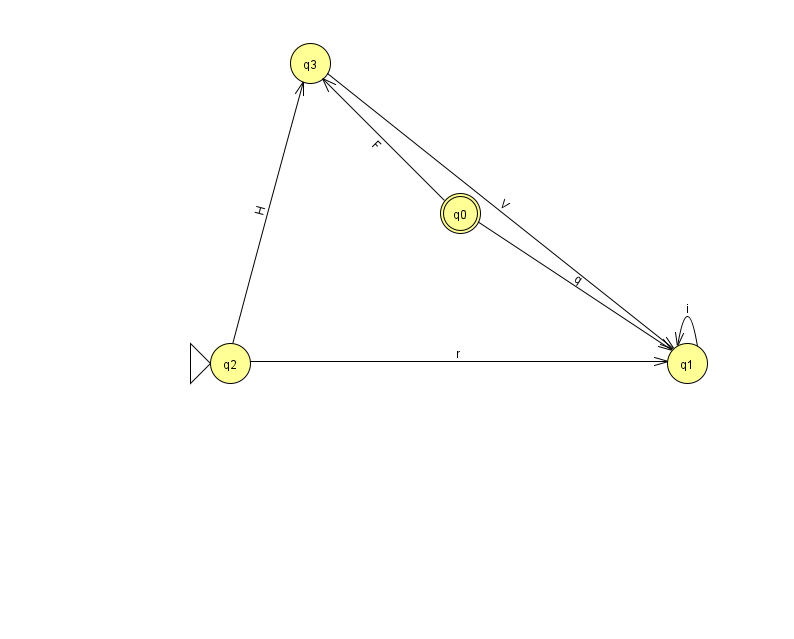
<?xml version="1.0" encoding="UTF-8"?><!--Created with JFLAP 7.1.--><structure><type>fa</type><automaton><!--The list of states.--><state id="0" name="q0"><x>460.0</x><y>200.0</y><final/></state><state id="1" name="q1"><x>687.0</x><y>350.0</y></state><state id="2" name="q2"><x>230.0</x><y>350.0</y><initial/></state><state id="3" name="q3"><x>310.0</x><y>50.0</y></state><!--The list of transitions.--><transition><from>0</from><to>3</to><read>F</read></transition><transition><from>1</from><to>1</to><read>i</read></transition><transition><from>2</from><to>1</to><read>r</read></transition><transition><from>3</from><to>1</to><read>V</read></transition><transition><from>2</from><to>3</to><read>H</read></transition><transition><from>0</from><to>1</to><read>q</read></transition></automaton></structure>